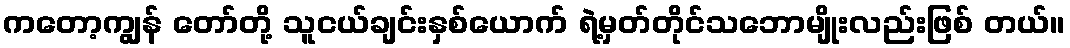
ကတော့ကျွန် တော်တို့ သူငယ်ချင်းနှစ်ယောက် ရဲ့မှတ်တိုင်သဘောမျိုးလည်းဖြစ် တယ်။